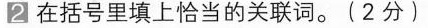
2 在括号里填上恰当的关联词。(2分)